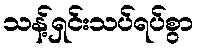
သန့်ရှင်းသပ်ရပ်စွာ